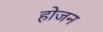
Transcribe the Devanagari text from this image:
होजन